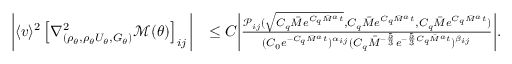
\begin{array} { r l } { \bigg | \langle v \rangle ^ { 2 } \left[ \nabla _ { ( \rho _ { \theta } , \rho _ { \theta } U _ { \theta } , G _ { \theta } ) } ^ { 2 } \mathcal { M } ( \theta ) \right] _ { i j } \bigg | } & { \leq C \bigg | \frac { \mathcal { P } _ { i j } ( \sqrt { C _ { q } \overbar { M } e ^ { C _ { q } \overbar { M } ^ { a } t } } , C _ { q } \overbar { M } e ^ { C _ { q } \overbar { M } ^ { a } t } , C _ { q } \overbar { M } e ^ { C _ { q } \overbar { M } ^ { a } t } ) } { ( C _ { 0 } e ^ { - C _ { q } \overbar { M } ^ { a } t } ) ^ { \alpha _ { i j } } ( C _ { q } \overbar { M } ^ { - \frac { 5 } { 3 } } e ^ { - \frac { 5 } { 3 } C _ { q } \overbar { M } ^ { a } t } ) ^ { \beta _ { i j } } } \bigg | . } \end{array}